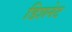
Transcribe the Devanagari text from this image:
डिशनेट